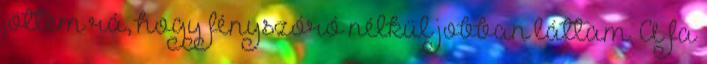
jöttem rá, hogy fényszóró nélkül jobban láttam. A fa